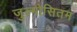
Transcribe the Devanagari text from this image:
जुल्मोसितम